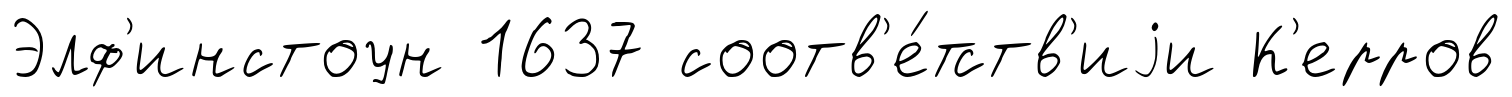
Элф'инстоун 1637 соотв'е́тств'иjи К'ерров